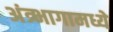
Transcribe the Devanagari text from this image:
अंत्र्भागामध्ये